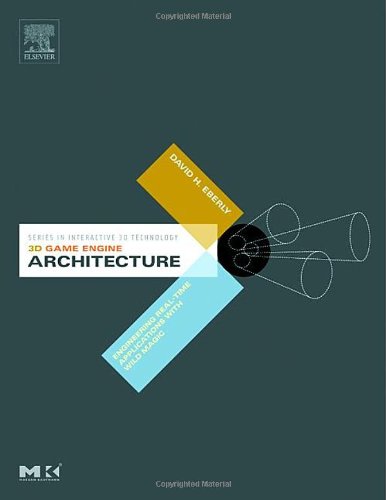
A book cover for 3D Game Engine Architecture: Engineering Real-Time Applications with Wild Magic (Morgan Kaufmann Series in Interactive 3D Technology); David H. Eberly; Computers & Technology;